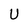
Character: U